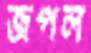
জপল